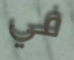
في